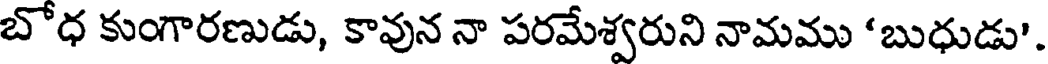
బోధ కుంగారణుడు, కావున నా పరమేశ్వరుని నామము 'బుధుడు'.